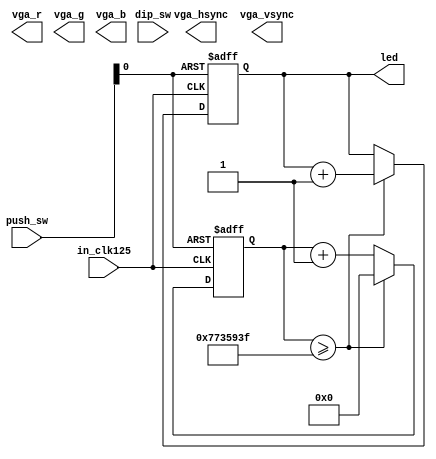
// This program was cloned from: https://github.com/ryuz/jelly
// License: MIT License



`timescale 1ns / 1ps
`default_nettype none


module zybo_led
        (
            input   wire            in_clk125,
            
            output  wire            vga_hsync,
            output  wire            vga_vsync,
            output  wire    [4:0]   vga_r,
            output  wire    [5:0]   vga_g,
            output  wire    [4:0]   vga_b,
            
            input   wire    [3:0]   push_sw,
            input   wire    [3:0]   dip_sw,
            output  wire    [3:0]   led
        );
    
    wire    reset = push_sw[0];
    wire    clk   = in_clk125;
    
    
    reg     [31:0]      counter;
    reg     [3:0]       led_out;
    
    always @(posedge clk or posedge reset) begin
        if ( reset ) begin
            led_out <= 4'b0000;
            counter <= 0;
        end
        else begin
            counter <= counter + 1;
            if ( counter >= 125000000-1 ) begin
                counter <= 0;
                led_out <= led_out + 1;
            end
        end
    end
    
    assign led = led_out;
    
    
endmodule


`default_nettype wire


// endof file